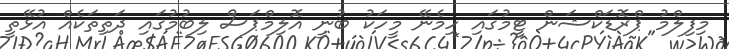
މިފިލްމު ޕްރޮޑަކްޝަން ޓީމުގައި ހިމެނޭ މީހަކު ބުނީ އޮލިމްޕަސް ލިބުމުގައި ދަތިތަކެއް އުޅޭތީ